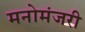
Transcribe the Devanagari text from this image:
मनोमंजरी